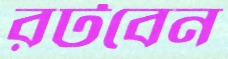
রটবেন